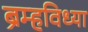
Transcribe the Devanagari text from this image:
ब्रम्हविध्या